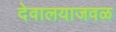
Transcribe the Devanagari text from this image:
देवालयाजवळ